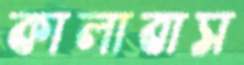
কালাবাস